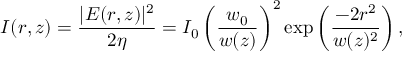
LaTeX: I ( r , z ) = { \frac { | E ( r , z ) | ^ { 2 } } { 2 \eta } } = I _ { 0 } \left( { \frac { w _ { 0 } } { w ( z ) } } \right) ^ { 2 } \exp \left( { \frac { - 2 r ^ { 2 } } { w ( z ) ^ { 2 } } } \right) ,